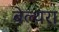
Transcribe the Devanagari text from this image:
बेल्‍थरा